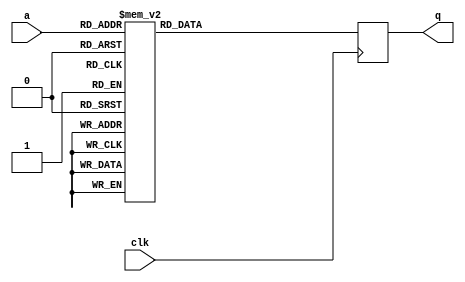
module tboxd3(input wire clk,
              input wire [7:0] a,
              output reg [31:0] q);

   always @(posedge clk)
     case (a)
	8'd0: q = 32'hf4a75051;
	8'd1: q = 32'h4165537e;
	8'd2: q = 32'h17a4c31a;
	8'd3: q = 32'h275e963a;
	8'd4: q = 32'hab6bcb3b;
	8'd5: q = 32'h9d45f11f;
	8'd6: q = 32'hfa58abac;
	8'd7: q = 32'he303934b;
	8'd8: q = 32'h30fa5520;
	8'd9: q = 32'h766df6ad;
	8'd10: q = 32'hcc769188;
	8'd11: q = 32'h24c25f5;
	8'd12: q = 32'he5d7fc4f;
	8'd13: q = 32'h2acbd7c5;
	8'd14: q = 32'h35448026;
	8'd15: q = 32'h62a38fb5;
	8'd16: q = 32'hb15a49de;
	8'd17: q = 32'hba1b6725;
	8'd18: q = 32'hea0e9845;
	8'd19: q = 32'hfec0e15d;
	8'd20: q = 32'h2f7502c3;
	8'd21: q = 32'h4cf01281;
	8'd22: q = 32'h4697a38d;
	8'd23: q = 32'hd3f9c66b;
	8'd24: q = 32'h8f5fe703;
	8'd25: q = 32'h929c9515;
	8'd26: q = 32'h6d7aebbf;
	8'd27: q = 32'h5259da95;
	8'd28: q = 32'hbe832dd4;
	8'd29: q = 32'h7421d358;
	8'd30: q = 32'he0692949;
	8'd31: q = 32'hc9c8448e;
	8'd32: q = 32'hc2896a75;
	8'd33: q = 32'h8e7978f4;
	8'd34: q = 32'h583e6b99;
	8'd35: q = 32'hb971dd27;
	8'd36: q = 32'he14fb6be;
	8'd37: q = 32'h88ad17f0;
	8'd38: q = 32'h20ac66c9;
	8'd39: q = 32'hce3ab47d;
	8'd40: q = 32'hdf4a1863;
	8'd41: q = 32'h1a3182e5;
	8'd42: q = 32'h51336097;
	8'd43: q = 32'h537f4562;
	8'd44: q = 32'h6477e0b1;
	8'd45: q = 32'h6bae84bb;
	8'd46: q = 32'h81a01cfe;
	8'd47: q = 32'h82b94f9;
	8'd48: q = 32'h48685870;
	8'd49: q = 32'h45fd198f;
	8'd50: q = 32'hde6c8794;
	8'd51: q = 32'h7bf8b752;
	8'd52: q = 32'h73d323ab;
	8'd53: q = 32'h4b02e272;
	8'd54: q = 32'h1f8f57e3;
	8'd55: q = 32'h55ab2a66;
	8'd56: q = 32'heb2807b2;
	8'd57: q = 32'hb5c2032f;
	8'd58: q = 32'hc57b9a86;
	8'd59: q = 32'h3708a5d3;
	8'd60: q = 32'h2887f230;
	8'd61: q = 32'hbfa5b223;
	8'd62: q = 32'h36aba02;
	8'd63: q = 32'h16825ced;
	8'd64: q = 32'hcf1c2b8a;
	8'd65: q = 32'h79b492a7;
	8'd66: q = 32'h7f2f0f3;
	8'd67: q = 32'h69e2a14e;
	8'd68: q = 32'hdaf4cd65;
	8'd69: q = 32'h5bed506;
	8'd70: q = 32'h34621fd1;
	8'd71: q = 32'ha6fe8ac4;
	8'd72: q = 32'h2e539d34;
	8'd73: q = 32'hf355a0a2;
	8'd74: q = 32'h8ae13205;
	8'd75: q = 32'hf6eb75a4;
	8'd76: q = 32'h83ec390b;
	8'd77: q = 32'h60efaa40;
	8'd78: q = 32'h719f065e;
	8'd79: q = 32'h6e1051bd;
	8'd80: q = 32'h218af93e;
	8'd81: q = 32'hdd063d96;
	8'd82: q = 32'h3e05aedd;
	8'd83: q = 32'he6bd464d;
	8'd84: q = 32'h548db591;
	8'd85: q = 32'hc45d0571;
	8'd86: q = 32'h6d46f04;
	8'd87: q = 32'h5015ff60;
	8'd88: q = 32'h98fb2419;
	8'd89: q = 32'hbde997d6;
	8'd90: q = 32'h4043cc89;
	8'd91: q = 32'hd99e7767;
	8'd92: q = 32'he842bdb0;
	8'd93: q = 32'h898b8807;
	8'd94: q = 32'h195b38e7;
	8'd95: q = 32'hc8eedb79;
	8'd96: q = 32'h7c0a47a1;
	8'd97: q = 32'h420fe97c;
	8'd98: q = 32'h841ec9f8;
	8'd99: q = 32'h0;
	8'd100: q = 32'h80868309;
	8'd101: q = 32'h2bed4832;
	8'd102: q = 32'h1170ac1e;
	8'd103: q = 32'h5a724e6c;
	8'd104: q = 32'hefffbfd;
	8'd105: q = 32'h8538560f;
	8'd106: q = 32'haed51e3d;
	8'd107: q = 32'h2d392736;
	8'd108: q = 32'hfd9640a;
	8'd109: q = 32'h5ca62168;
	8'd110: q = 32'h5b54d19b;
	8'd111: q = 32'h362e3a24;
	8'd112: q = 32'ha67b10c;
	8'd113: q = 32'h57e70f93;
	8'd114: q = 32'hee96d2b4;
	8'd115: q = 32'h9b919e1b;
	8'd116: q = 32'hc0c54f80;
	8'd117: q = 32'hdc20a261;
	8'd118: q = 32'h774b695a;
	8'd119: q = 32'h121a161c;
	8'd120: q = 32'h93ba0ae2;
	8'd121: q = 32'ha02ae5c0;
	8'd122: q = 32'h22e0433c;
	8'd123: q = 32'h1b171d12;
	8'd124: q = 32'h90d0b0e;
	8'd125: q = 32'h8bc7adf2;
	8'd126: q = 32'hb6a8b92d;
	8'd127: q = 32'h1ea9c814;
	8'd128: q = 32'hf1198557;
	8'd129: q = 32'h75074caf;
	8'd130: q = 32'h99ddbbee;
	8'd131: q = 32'h7f60fda3;
	8'd132: q = 32'h1269ff7;
	8'd133: q = 32'h72f5bc5c;
	8'd134: q = 32'h663bc544;
	8'd135: q = 32'hfb7e345b;
	8'd136: q = 32'h4329768b;
	8'd137: q = 32'h23c6dccb;
	8'd138: q = 32'hedfc68b6;
	8'd139: q = 32'he4f163b8;
	8'd140: q = 32'h31dccad7;
	8'd141: q = 32'h63851042;
	8'd142: q = 32'h97224013;
	8'd143: q = 32'hc6112084;
	8'd144: q = 32'h4a247d85;
	8'd145: q = 32'hbb3df8d2;
	8'd146: q = 32'hf93211ae;
	8'd147: q = 32'h29a16dc7;
	8'd148: q = 32'h9e2f4b1d;
	8'd149: q = 32'hb230f3dc;
	8'd150: q = 32'h8652ec0d;
	8'd151: q = 32'hc1e3d077;
	8'd152: q = 32'hb3166c2b;
	8'd153: q = 32'h70b999a9;
	8'd154: q = 32'h9448fa11;
	8'd155: q = 32'he9642247;
	8'd156: q = 32'hfc8cc4a8;
	8'd157: q = 32'hf03f1aa0;
	8'd158: q = 32'h7d2cd856;
	8'd159: q = 32'h3390ef22;
	8'd160: q = 32'h494ec787;
	8'd161: q = 32'h38d1c1d9;
	8'd162: q = 32'hcaa2fe8c;
	8'd163: q = 32'hd40b3698;
	8'd164: q = 32'hf581cfa6;
	8'd165: q = 32'h7ade28a5;
	8'd166: q = 32'hb78e26da;
	8'd167: q = 32'hadbfa43f;
	8'd168: q = 32'h3a9de42c;
	8'd169: q = 32'h78920d50;
	8'd170: q = 32'h5fcc9b6a;
	8'd171: q = 32'h7e466254;
	8'd172: q = 32'h8d13c2f6;
	8'd173: q = 32'hd8b8e890;
	8'd174: q = 32'h39f75e2e;
	8'd175: q = 32'hc3aff582;
	8'd176: q = 32'h5d80be9f;
	8'd177: q = 32'hd0937c69;
	8'd178: q = 32'hd52da96f;
	8'd179: q = 32'h2512b3cf;
	8'd180: q = 32'hac993bc8;
	8'd181: q = 32'h187da710;
	8'd182: q = 32'h9c636ee8;
	8'd183: q = 32'h3bbb7bdb;
	8'd184: q = 32'h267809cd;
	8'd185: q = 32'h5918f46e;
	8'd186: q = 32'h9ab701ec;
	8'd187: q = 32'h4f9aa883;
	8'd188: q = 32'h956e65e6;
	8'd189: q = 32'hffe67eaa;
	8'd190: q = 32'hbccf0821;
	8'd191: q = 32'h15e8e6ef;
	8'd192: q = 32'he79bd9ba;
	8'd193: q = 32'h6f36ce4a;
	8'd194: q = 32'h9f09d4ea;
	8'd195: q = 32'hb07cd629;
	8'd196: q = 32'ha4b2af31;
	8'd197: q = 32'h3f23312a;
	8'd198: q = 32'ha59430c6;
	8'd199: q = 32'ha266c035;
	8'd200: q = 32'h4ebc3774;
	8'd201: q = 32'h82caa6fc;
	8'd202: q = 32'h90d0b0e0;
	8'd203: q = 32'ha7d81533;
	8'd204: q = 32'h4984af1;
	8'd205: q = 32'hecdaf741;
	8'd206: q = 32'hcd500e7f;
	8'd207: q = 32'h91f62f17;
	8'd208: q = 32'h4dd68d76;
	8'd209: q = 32'hefb04d43;
	8'd210: q = 32'haa4d54cc;
	8'd211: q = 32'h9604dfe4;
	8'd212: q = 32'hd1b5e39e;
	8'd213: q = 32'h6a881b4c;
	8'd214: q = 32'h2c1fb8c1;
	8'd215: q = 32'h65517f46;
	8'd216: q = 32'h5eea049d;
	8'd217: q = 32'h8c355d01;
	8'd218: q = 32'h877473fa;
	8'd219: q = 32'hb412efb;
	8'd220: q = 32'h671d5ab3;
	8'd221: q = 32'hdbd25292;
	8'd222: q = 32'h105633e9;
	8'd223: q = 32'hd647136d;
	8'd224: q = 32'hd7618c9a;
	8'd225: q = 32'ha10c7a37;
	8'd226: q = 32'hf8148e59;
	8'd227: q = 32'h133c89eb;
	8'd228: q = 32'ha927eece;
	8'd229: q = 32'h61c935b7;
	8'd230: q = 32'h1ce5ede1;
	8'd231: q = 32'h47b13c7a;
	8'd232: q = 32'hd2df599c;
	8'd233: q = 32'hf2733f55;
	8'd234: q = 32'h14ce7918;
	8'd235: q = 32'hc737bf73;
	8'd236: q = 32'hf7cdea53;
	8'd237: q = 32'hfdaa5b5f;
	8'd238: q = 32'h3d6f14df;
	8'd239: q = 32'h44db8678;
	8'd240: q = 32'haff381ca;
	8'd241: q = 32'h68c43eb9;
	8'd242: q = 32'h24342c38;
	8'd243: q = 32'ha3405fc2;
	8'd244: q = 32'h1dc37216;
	8'd245: q = 32'he2250cbc;
	8'd246: q = 32'h3c498b28;
	8'd247: q = 32'hd9541ff;
	8'd248: q = 32'ha8017139;
	8'd249: q = 32'hcb3de08;
	8'd250: q = 32'hb4e49cd8;
	8'd251: q = 32'h56c19064;
	8'd252: q = 32'hcb84617b;
	8'd253: q = 32'h32b670d5;
	8'd254: q = 32'h6c5c7448;
	8'd255: q = 32'hb85742d0;

     endcase // case (a)
endmodule